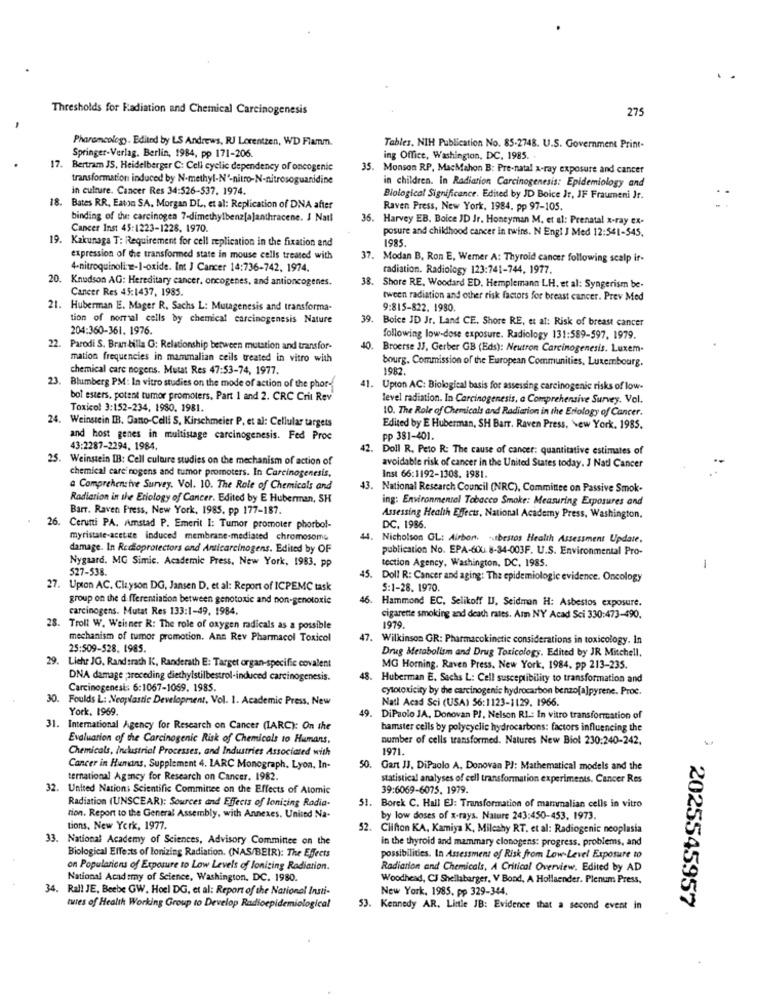
Thresholds for Radiation and Chemical Carcinogenesis
275
Pharamcolegy. Edited by LS Andrews, RJ Lorentzen, WD Flamm.
Tables, NIH Publication No. 85-2748. U.S. Government Print-
Springer-Verlag, Berlin, 1984, pp 171-206.
ing Office, Washington, DC. 1985.
17. Bertram JS, Heidelberger C: Cell cyelic dependency of oncogenic
S. Monson RP, MacMahon B: Pre-natal x-ray exposure and cancer
transformation induced by N-methyl-Nº-nitro-N-nitrosoguanidine
in culture. Cancer Res 34:526-537. 1974.
in children. in Radiation Carcinogenesis: Epidemiology and
18.
Biological Significance. Edited by JD Boice Ir, JF Fraumeni Jr.
Bates RR, Eaton SA. Morgan DL, et al: Replication of DNA after
Raven Press, New York, 1984, pp 97-105.
binding of the carcinogen 7-dimethylbenz[a]anthracene. I Natl
. Harvey EB. Boice ID Jr. Honeyman M. et al: Prenatal x-ray ex-
Cancer Inst 45:1223-1228. 1970.
posure and childhood cancer in twins. N Engl J Med 12:541-545.
19. Kakunaga T: Requirement for cell replication in the fixation and
1985.
expression of the transformed state in mouse cells treated with
37. Modan B, Ron E, Werner A: Thyroid cancer following scalp if-
4-nitroquinoli -:- I-oxide. Int J Cancer 14:736-742, 1974.
radiation. Radiology 123:741-744, 1977.
Knudson AG: Hereditary cancer, oncogenes, and antioncogenes.
Cancer Res 45:1437, 1985.
38. Shore RE. Woodard ED, Hemplemann L.H. et al: Syngerism be-
tween radiation and other risk factors for breast cancer. Prev Med
21. Huberman E. Mager R. Sachs L: Mutagenesis and transforma-
9:815-822. 1980
tion of normal cells by chemical carcinogenesis Nature
39.
Boice ID Jr. Land CE. Shore RE, et af: Risk of breast cancer
204:360-361. 1976.
following low-dose exposure. Radiology 131:589-597. 1979.
22. Parodi S. Bran billa G: Relationship between mutation and transfor-
Broerse JJ, Gerber GB (Eds): Neutron Carcinogenesis. Luxem-
mation frequencies in mammalian ceils treated in vitro with
bourg. Commission of the European Communities, Luxembourg.
chemical care nogens. Mutat Res 47:53-74, 1977.
1982.
23
Blumberg PM: In vitro studies on the mode of action of the phor-
41. Upton AC: Biological basis for assessing carcinogenic risks of low-
bol esters, potent tumor promoters, Part 1 and 2. CRC Crit Rev
level radiation. In Carcinogenesis, a Comprehensive Survey. Vol.
Toxicol 3:152-234, 1980. 1981.
10. The Role of Chemicals and Radiation in the Ertology of Cancer.
24. Weinstein IB. Gano-Celli S. Kirschmeier P. et al: Cellular targets
Edited by E Huberman, SH Barr. Raven Press, New York. 1985.
and host genes in multistage carcinogenesis. Fed Proc
pp 381-401.
43:2287-2294. 1984.
42. Doll R. Peto R: The cause of cancer: quantitative estimates of
25. Weinstein IB: Cell culture studies on the mechanism of action of
avoidable risk of cancer in the United States today. J Natl Cancer
chemical carcinogens and tumor promoters. In Carcinogenesis,
Inst 66:1192-1308. 1981.
a Comprehensive Survey. Vol. 10. The Role of Chemicals and
43.
National Research Council (NRC), Committee on Passive Smok-
Radiation in the Etiology of Cancer. Edited by E Huberman, SH
ing: Environmental Tobacco Smoke: Measuring Exposures and
Barr. Raven Press, New York, 1985. pp 177-187.
Assessing Health Effects, National Academy Press, Washington,
26. Cerutti PA. Amstad P. Emerit I: Tumor promoter phorbol-
DC, 1986.
myristate-acetite induced membrane-mediated chromosome
44. Nicholson GL: Airbort -utbestos Health Assessment Update.
damage. In Redioprotectors and Anticarcinogens. Edited by OF
publication No. EPA-600. 8-34-003F. U.S. Environmental Pro-
Nygaard, MG Simic. Academic Press, New York, 1983. pp
tection Agency, Washington, DC, 1985.
527-538.
-
45. Doll R: Cancer and aging: The epidemiologic evidence. Oncology
27. Upon AC. Clayson DG, Jansen D. et al: Report of ICPEMC task
5:1-28. 1970
group on the differentiation between genotoxic and non-genotoxic
46. Hammond EC, Selikoff UJ, Seidman H: Asbestos exposure.
carcinogens. Mutat Res 133:1-49. 1984.
cigarette smoking and death rates. Amm NY Acad Sci 330:473-490.
28. Troll W. Weisner R: The role of oxygen radicals as a possible
1979.
mechanism of tumor promotion. Ann Rev Pharmacol Toxicol
47. Wilkinson GR: Pharmacokinetic considerations in toxicology. In
25:509-528. 1985.
Drug Metabolism and Drug Toxicology. Edited by JR Mitchell.
29. Liche JG, Rand :rath K, Randerath E: Target organ-specific covalent
MG Horning. Raven Press. New York, 1984. pp 213-235.
DNA damage ;preceding diethylstilbestrol-induced carcinogenesis.
48. Huberman E. Sechs L: Cell susceptibility to transformation and
Carcinogenesis: 6:1067-1069. 1985.
cytotoxicity by the carcinogenic hydrocarbon benzo[a]pyrene. Proc.
30.
Foulds L: Neoplastic Development, Vol. 1. Academic Press, New
Natl Acad Sci (USA) 56:1123-1129. 1966.
York. 1969.
49.
DiPaolo JA, Donovan PJ, Nelson RI .: In vitro transformation of
31. International Agency for Research on Cancer (IARC): On the
hamster cells by polycyclic hydrocarbons: factors influencing the
Evaluation of the Carcinogenic Risk of Chemicals to Humans,
number of cells transformed. Natures New Biol 230:240-242.
Chemicals, Industrial Processes, and Industries Associated with
1971.
Cancer in Humans, Supplement 4. LARC Monograph. Lyon, In-
50.
Gart JJ, DiPaolo A. Donovan PJ: Mathematical models and the
ternational Agency for Research on Cancer. 1982.
statistical analyses of cell transformation experiments. Cancer Res
32. United Nations Scientific Committee on the Effects of Atomic
39:6069-6075. 1979.
Radiation (UNSCEAR): Sources and Effects of Ionizing Radia-
51. Borek C. Hall EJ: Transformation of mammalian cells in vitro
rion. Report to the General Assembly, with Annexes. United Na-
by low doses of x-rays. Nature 243:450-453, 1973.
tions, New York, 1977.
52. Clifton KA, Kamiya K, Mileshy RT. et al: Radiogenic neoplasia
33. National Academy of Sciences, Advisory Committee on the
in the thyroid and mammary clonogens: progress, problems, and
Biological Effects of Ionizing Radiation. (NAS/BEIR): The Effects
possibilities. In Assessment of Risk from Low-Level Exposure to
on Populations of Exposure to Low Levels of Ionizing Radiation.
Radiation and Chemicals, A Critical Overview. Edited by AD
National Academy of Science, Washington, DC. 1980.
Woodhead, C3 Shellaberger, V Bond, A Hollaender. Plenum Press,
34. Ral! JE, Beebe GW. Hoel DG, et al: Report of the National Insti-
New York, 1985. pp 329-344.
2025545957
tures of Health Working Group to Develop Radioepidemiological
53. Kennedy AR. Linie JB: Evidence that a second event in